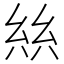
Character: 𢇃